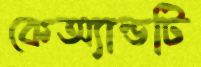
কেঅ্যান্ডটি